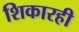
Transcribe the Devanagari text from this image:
शिकारही